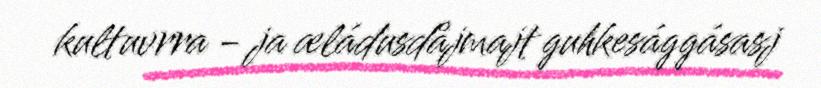
kultuvrra - ja æládusdåjmajt guhkesággásasj